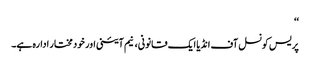
‘‘
پریس کونسل آف انڈیا ایک قانونی، نیم آئینی اور خود مختار ادارہ ہے۔